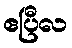
ဧပြီလ